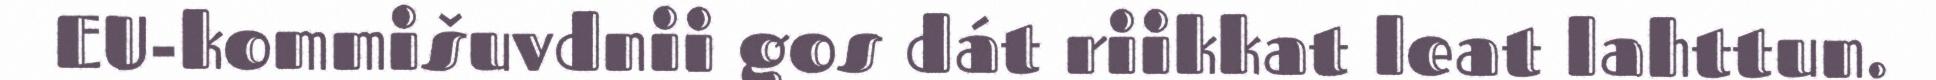
EU-kommišuvdnii gos dát riikkat leat lahttun.